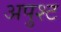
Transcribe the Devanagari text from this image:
अपुश्ट